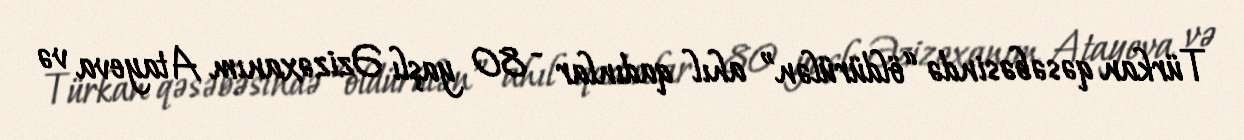
Türkan qəsəbəsində “öldürülən” ahıl qadınlar - 80 yaşlı Əzizəxanım Atayeva və